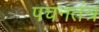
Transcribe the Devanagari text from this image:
पचनतंत्र